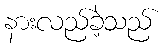
နားလည်ခဲ့သည်